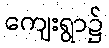
ကျေးရွာ၌